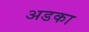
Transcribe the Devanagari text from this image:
अडका